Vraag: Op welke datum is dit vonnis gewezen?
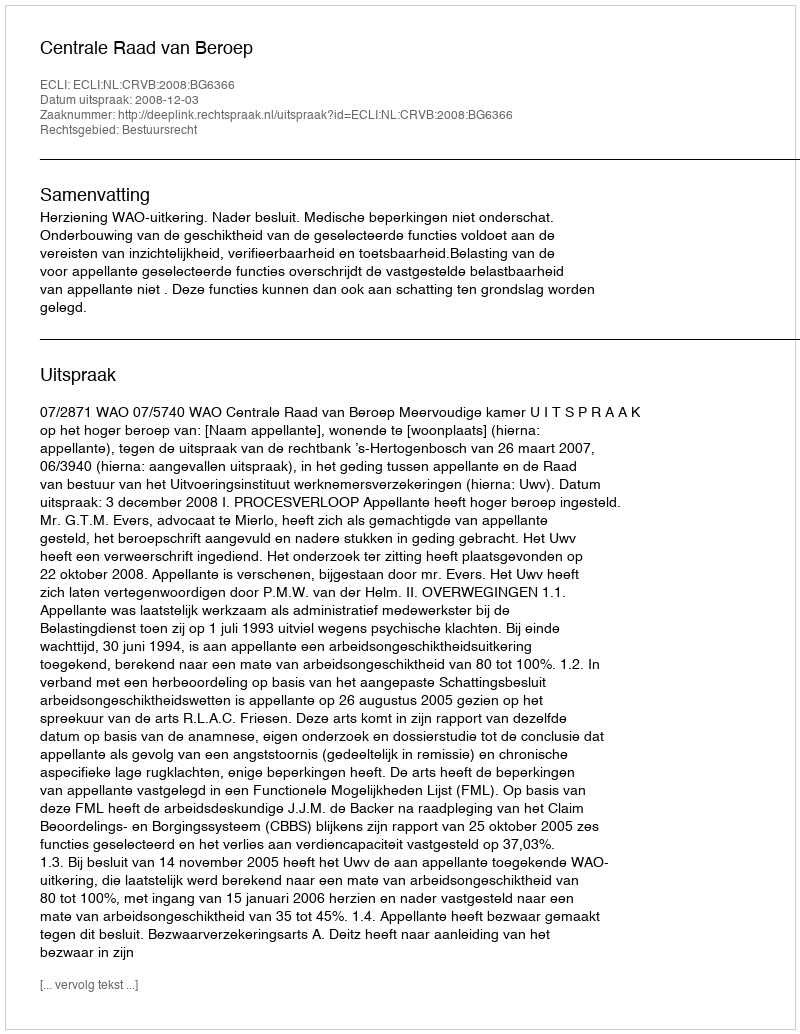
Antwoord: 2008-12-03